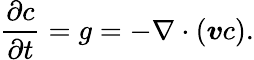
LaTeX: \frac{\partial c}{\partial t}=g=-\nabla\cdot(\boldsymbol{v}c).